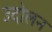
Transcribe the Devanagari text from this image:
उदोलन